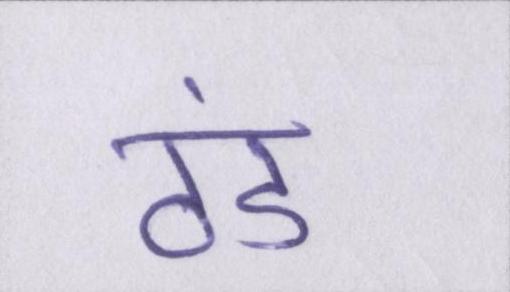
ठंड